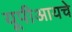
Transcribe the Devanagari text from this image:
यूपीआयचे